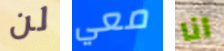
لن معي انا